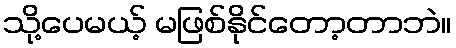
သို့ပေမယ့် မဖြစ်နိုင်တော့တာဘဲ။